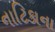
નાટિકાના